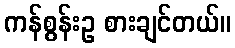
ကန်စွန်းဥ စားချင်တယ်။